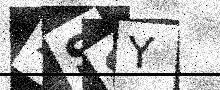
Text: 2S9Y